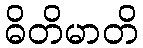
ဓိတိမာတိ